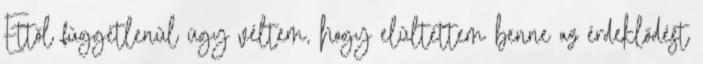
Ettől függetlenül úgy véltem, hogy elültettem benne az érdeklődést